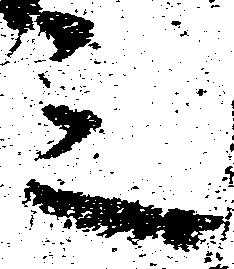
三